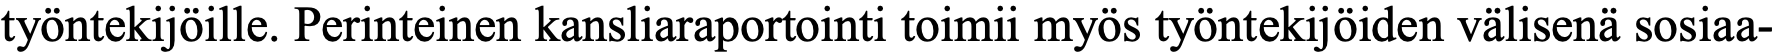
työntekijöille. Perinteinen kansliaraportointi toimii myös työntekijöiden välisenä sosiaa-